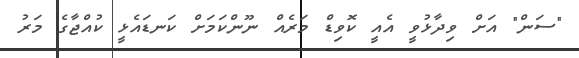
"ސަން" އަށް ވިދާޅުވީ އެއީ ކޮވިޑް މަރެއް ނޫންކަަމަށް ކަނޑައެޅީ ކުއްޖާގެ މަރު